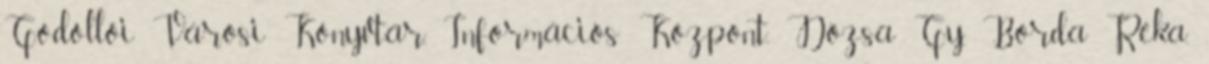
Gödöllői Városi Könyvtár, Információs Központ, Dózsa Gy, Borda Réka,